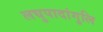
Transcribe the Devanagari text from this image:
लघुपादांगुलि